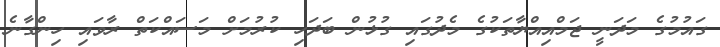
ގައުމުގެ މަދަނީ ޖަމްއިއްޔާތަކުގެ މެދުގައި ގުޅުން ބަދަހި ކުރުމަށް މަސައްކަތް ރާވައި ހިންގާނެ